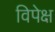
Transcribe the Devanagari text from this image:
विपेक्ष